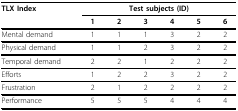
<table><thead><tr><td><b>TLX Index</b></td><td colspan="6"><b>Test subjects (ID)</b></td></tr><tr><td></td><td><b>1</b></td><td><b>2</b></td><td><b>3</b></td><td><b>4</b></td><td><b>5</b></td><td><b>6</b></td></tr></thead><tbody><tr><td>Mental demand</td><td>1</td><td>1</td><td>1</td><td>3</td><td>2</td><td>2</td></tr><tr><td>Physical demand</td><td>1</td><td>1</td><td>2</td><td>3</td><td>2</td><td>2</td></tr><tr><td>Temporal demand</td><td>2</td><td>2</td><td>1</td><td>2</td><td>2</td><td>2</td></tr><tr><td>Efforts</td><td>1</td><td>2</td><td>2</td><td>3</td><td>2</td><td>2</td></tr><tr><td>Frustration</td><td>2</td><td>1</td><td>2</td><td>2</td><td>2</td><td>2</td></tr><tr><td>Performance</td><td>5</td><td>5</td><td>5</td><td>4</td><td>4</td><td>4</td></tr></tbody></table>